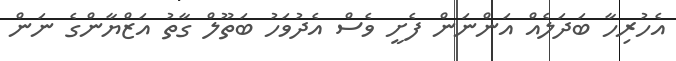
އެހުރިހާ ބަދަލެއް އަންނަން ފެށީ ވެސް އެދުވަހު ބަތޫލް ގާތު އަޒްޔާންގެ ނަން